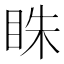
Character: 𥅲